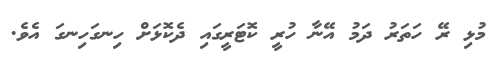
މުޅި ރޭ ހަތަރު ދަމު އޭނާ ހުރީ ކޮޓަރީގައި ދެކޮޅަށް ހިނގަހިނގަ އެވެ.